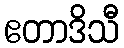
ဧတာဒိသီ